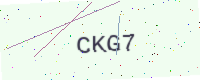
Text: CKG7